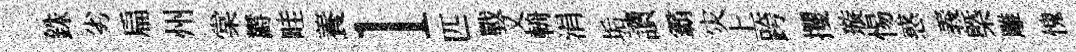
銖劣扁州棠欝畦養l匹戰又輈涓垢讀霸灾上跨攫璇惕惑義㮣雕愧